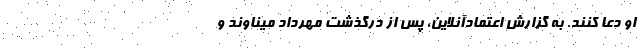
او دعا کنند. به گزارش اعتمادآنلاین، پس از درگذشت مهرداد میناوند و